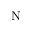
\mathrm { _ N }